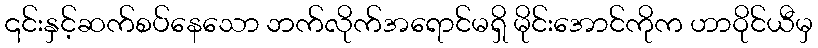
၎င်းနှင့်ဆက်စပ်နေသော ဘက်လိုက်အရောင်မရှိ မိုင်းအောင်ကိုက ဟာဝိုင်ယီမှ